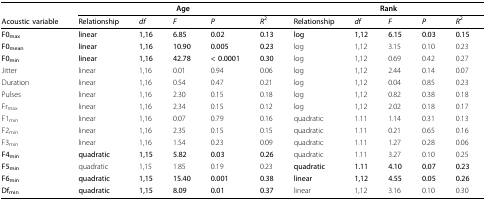
|  | <COLSPAN=5> Age | <COLSPAN=5> Rank |
 | Acoustic variable | Relationship | df | F | P | R2 | Relationship | df | F | P | R2 |
 | --- | --- | --- | --- | --- | --- | --- | --- | --- | --- | --- |
 | F0max | linear | 1,16 | 6.85 | 0.02 | 0.13 | log | 1,12 | 6.15 | 0.03 | 0.15 |
 | F0mean | linear | 1,16 | 10.90 | 0.005 | 0.23 | log | 1,12 | 3.15 | 0.10 | 0.23 |
 | F0min | linear | 1,16 | 42.78 | < 0.0001 | 0.30 | log | 1,12 | 0.69 | 0.42 | 0.27 |
 | Jitter | linear | 1,16 | 0.01 | 0.94 | 0.06 | log | 1,12 | 2.44 | 0.14 | 0.07 |
 | Duration | linear | 1,16 | 0.54 | 0.47 | 0.21 | log | 1,12 | 0.04 | 0.85 | 0.23 |
 | Pulses | linear | 1,16 | 2.30 | 0.15 | 0.18 | log | 1,12 | 0.82 | 0.38 | 0.18 |
 | Frmax | linear | 1,16 | 2.34 | 0.15 | 0.12 | log | 1,12 | 2.02 | 0.18 | 0.17 |
 | F1min | linear | 1,16 | 0.07 | 0.79 | 0.16 | quadratic | 1.11 | 1.14 | 0.31 | 0.13 |
 | F2min | linear | 1,16 | 2.35 | 0.15 | 0.15 | quadratic | 1.11 | 0.21 | 0.65 | 0.16 |
 | F3min | linear | 1,16 | 1.54 | 0.23 | 0.09 | quadratic | 1.11 | 1.27 | 0.28 | 0.06 |
 | F4min | quadratic | 1,15 | 5.82 | 0.03 | 0.26 | quadratic | 1.11 | 3.27 | 0.10 | 0.25 |
 | F5min | quadratic | 1,15 | 1.85 | 0.19 | 0.23 | quadratic | 1.11 | 4.10 | 0.07 | 0.23 |
 | F6min | quadratic | 1,15 | 15.40 | 0.001 | 0.38 | linear | 1,12 | 4.55 | 0.05 | 0.26 |
 | Dfmin | quadratic | 1,15 | 8.09 | 0.01 | 0.37 | linear | 1,12 | 3.16 | 0.10 | 0.30 |